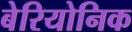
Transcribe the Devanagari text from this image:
बेरियोनिक